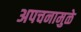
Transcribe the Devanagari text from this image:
अपचनामुळे